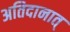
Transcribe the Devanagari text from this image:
अतिदानात्